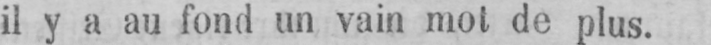
il y a au fond un vain mot de plus.